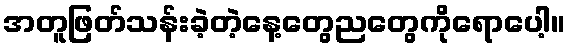
အတူဖြတ်သန်းခဲ့တဲ့နေ့တွေညတွေကိုရောပေါ့။